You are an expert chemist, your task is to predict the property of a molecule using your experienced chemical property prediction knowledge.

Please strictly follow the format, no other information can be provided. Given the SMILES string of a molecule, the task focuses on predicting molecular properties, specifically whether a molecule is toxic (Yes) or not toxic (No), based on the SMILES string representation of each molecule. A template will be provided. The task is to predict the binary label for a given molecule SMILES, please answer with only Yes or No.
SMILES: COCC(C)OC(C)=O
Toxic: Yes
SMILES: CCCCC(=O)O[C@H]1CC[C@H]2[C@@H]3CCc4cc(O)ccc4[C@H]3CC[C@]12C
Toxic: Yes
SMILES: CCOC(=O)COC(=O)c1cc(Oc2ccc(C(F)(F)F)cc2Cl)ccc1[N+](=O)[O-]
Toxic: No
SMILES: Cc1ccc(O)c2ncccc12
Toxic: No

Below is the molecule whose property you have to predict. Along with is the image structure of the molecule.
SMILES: O=C(O)c1cc(Cl)cc(Cl)c1
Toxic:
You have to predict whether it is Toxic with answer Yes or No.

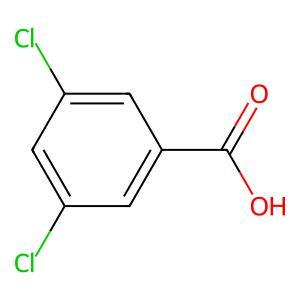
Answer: No